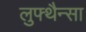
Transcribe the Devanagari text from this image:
लुफ्थैन्सा